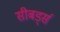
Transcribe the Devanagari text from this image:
सीबर्ड्स